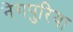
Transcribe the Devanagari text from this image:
नेगपुरिया